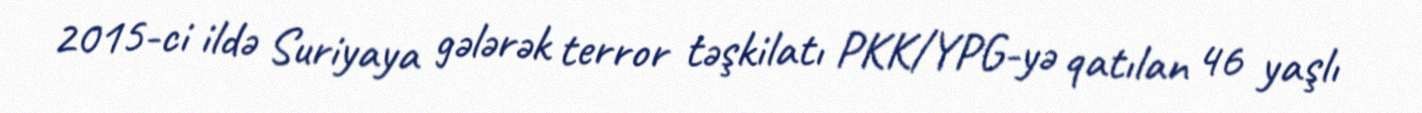
2015-ci ildə Suriyaya gələrək terror təşkilatı PKK/YPG-yə qatılan 46 yaşlı